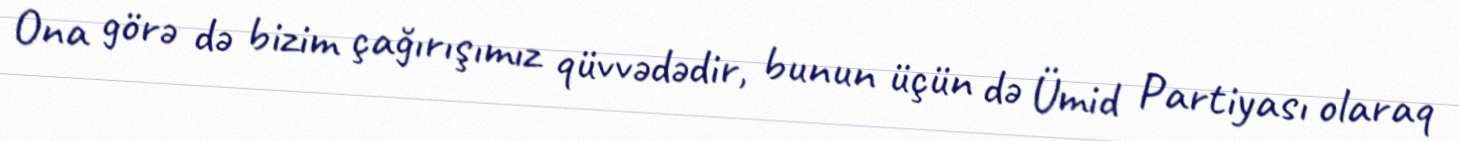
Ona görə də bizim çağırışımız qüvvədədir, bunun üçün də Ümid Partiyası olaraq